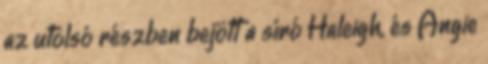
az utolsó részben bejött a síró Haleigh, és Angie